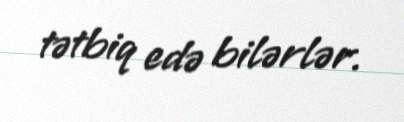
tətbiq edə bilərlər.